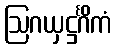
ဩဂယှဋ္ဌင်္ဂိကံ